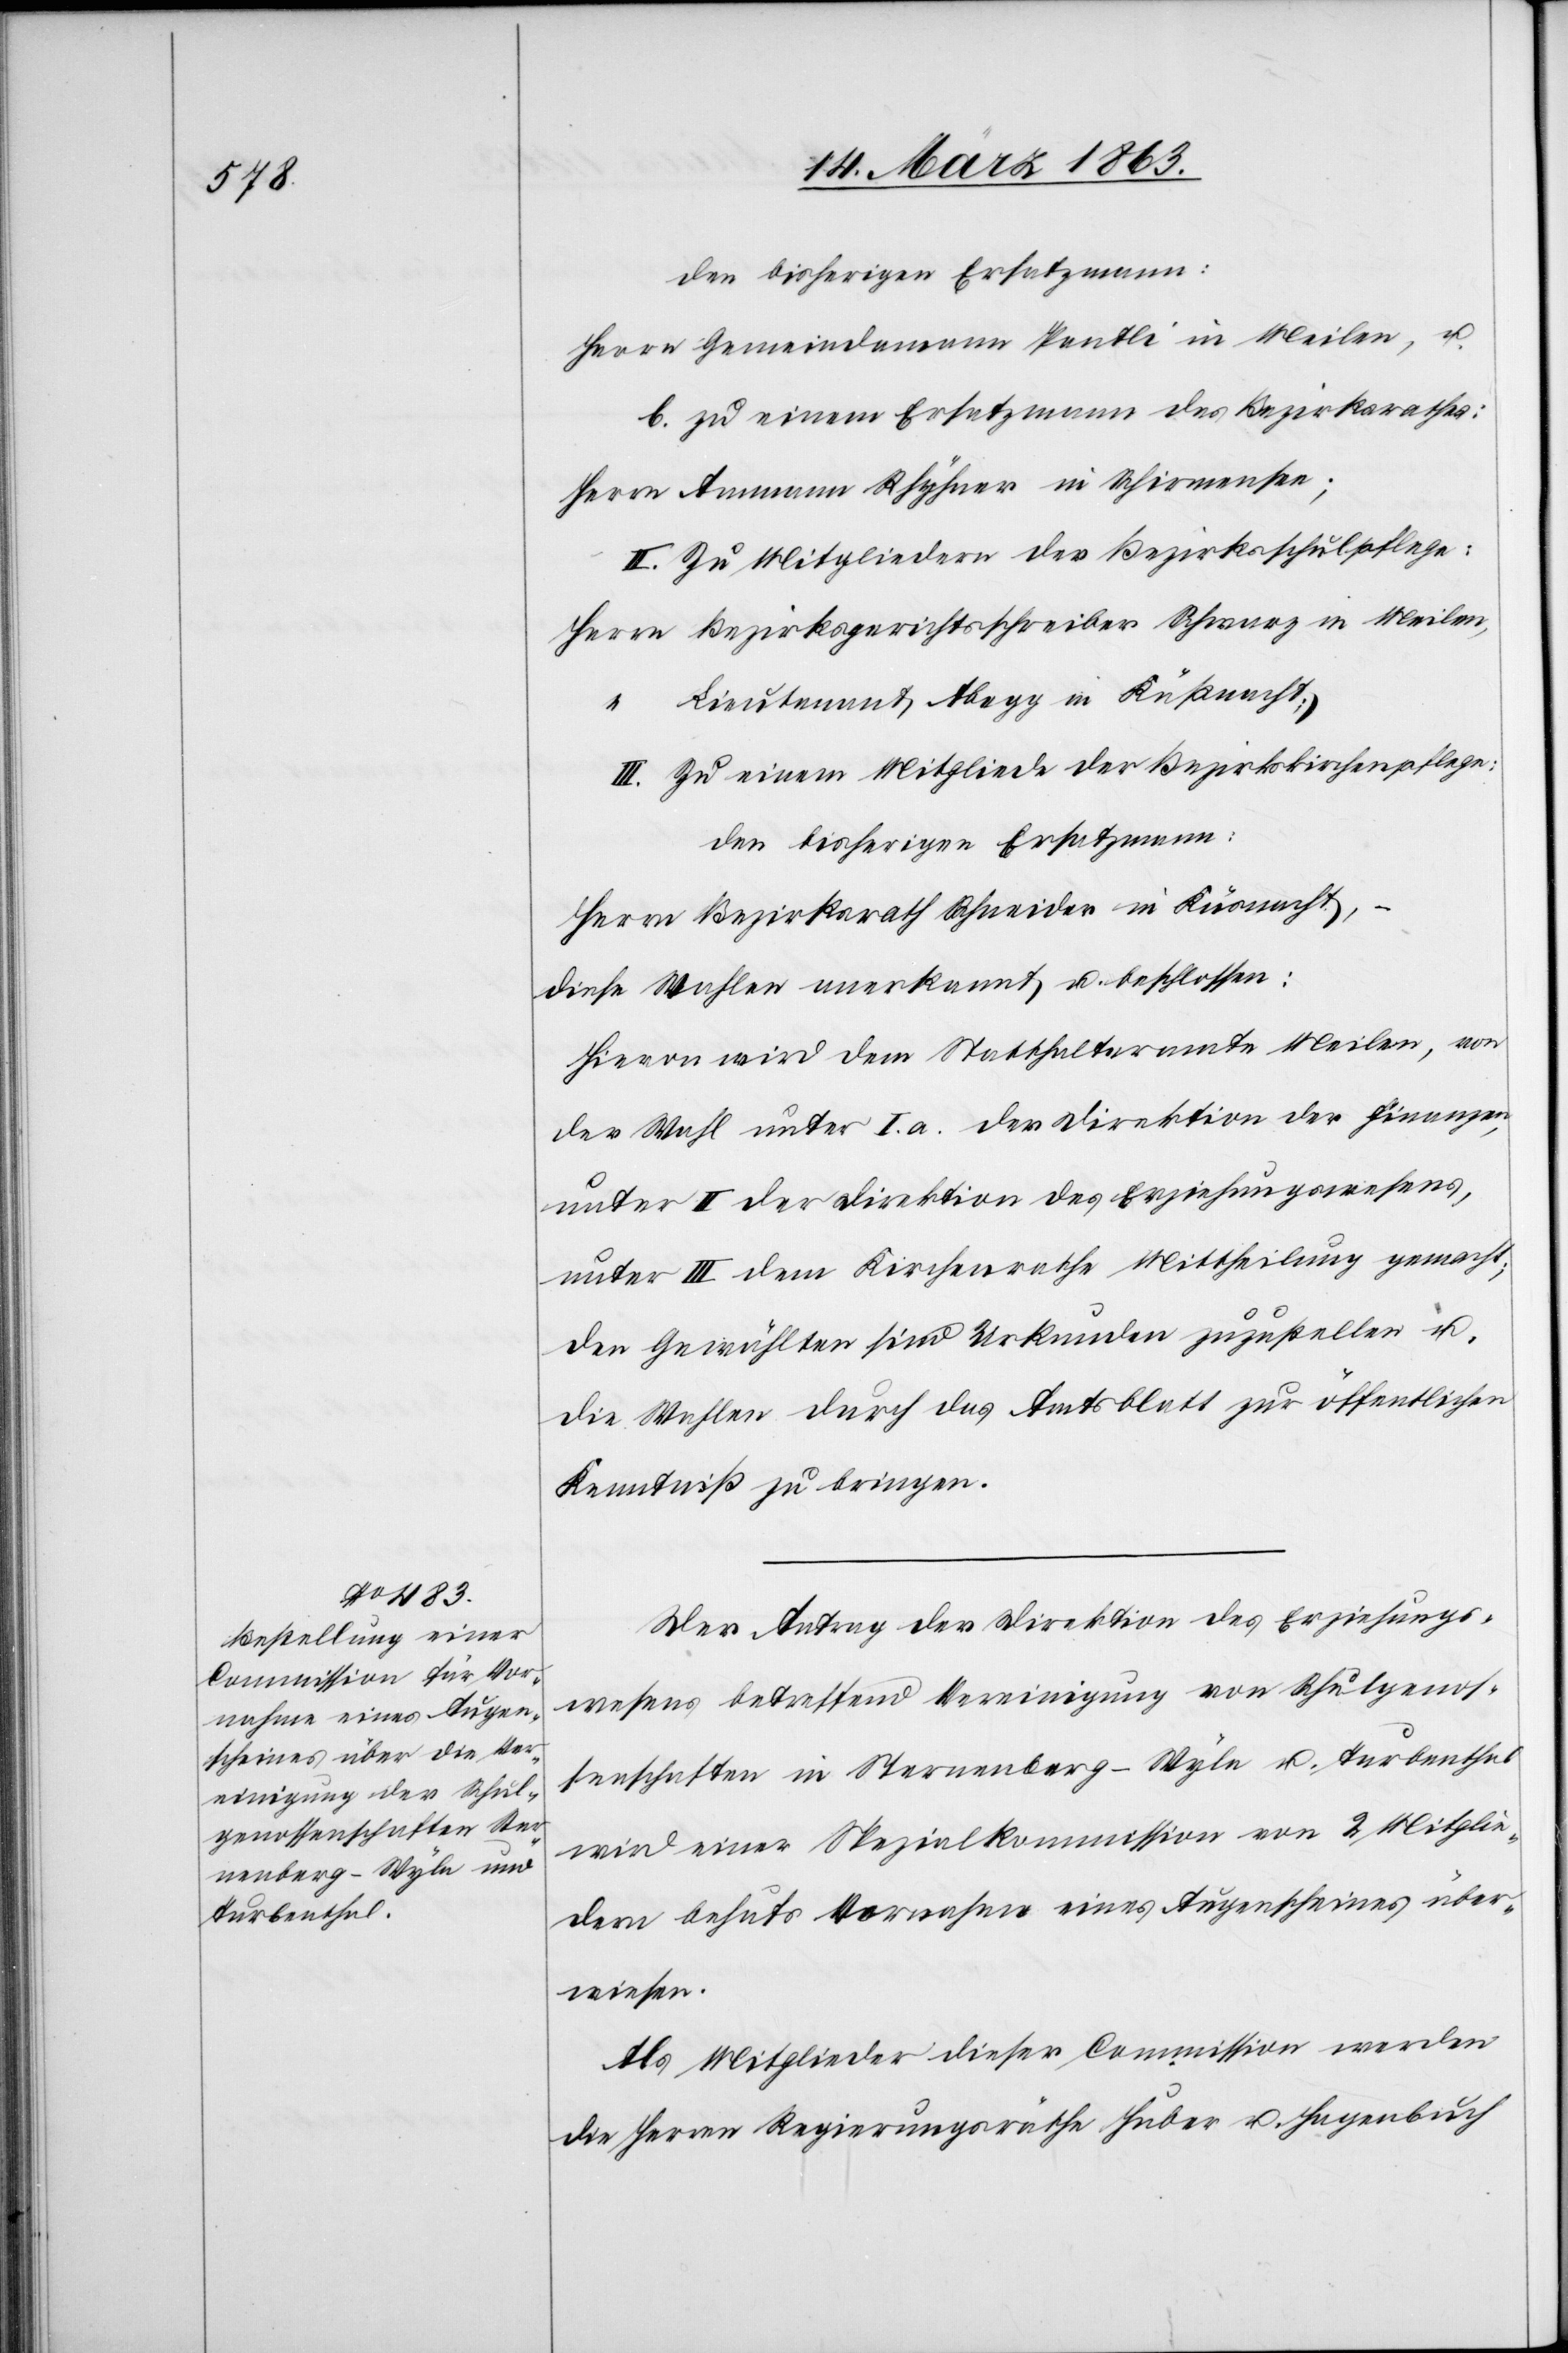
den bisherigen Ersatzmann:
Herrn Gemeindamann [sic!] Pantli in Meilen, u.
b. zu einem Ersatzmann des Bezirksrathes:
Herrn Ammann Rhyhner in Schirmensee;
II. Zu Mitgliedern der Bezirksschulpflege:
Herrn Bezirksgerichtsschreiber Schwarz in Meilen,
“	 Lieutenant Abegg in Küßnacht;
III. Zu einem Mitgliede der Bezirkskirchenpflege:
den bisherigen Ersatzmann:
Herrn Bezirksrath Schneider in Küsnacht,
diese Wahlen anerkannt u. beschlossen:
Hievon wird dem Statthalteramte Meilen, von
der Wahl unter I. a. der Direktion der Finanzen,
unter II der Direktion des Erziehungswesens,
unter III dem Kirchenrathe Mittheilung gemacht;
den Gewählten sind Urkunden zuzustellen u.
die Wahlen durch das Amtsblatt zur öffentlichen
Kenntniß zu bringen.
Der Antrag der Direktion des Erziehungs¬
wesens betreffend Vereinigung von Schulgenos¬
senschaften in Sternenberg-Wyla u. Turbenthal
wird einer Spezialkommission von 2 Mitglie¬
dern behufs Vornahme eines Augenscheines über¬
wiesen.
Als Mitglieder dieser Commission werden
die Herren Regierungsräthe Huber u. Hagenbuch